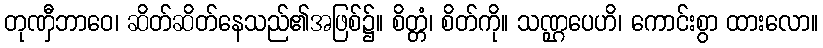
တုဏှီဘာဝေ၊ ဆိတ်ဆိတ်နေသည်၏အဖြစ်၌။ စိတ္တံ၊ စိတ်ကို။ သဏ္ဌပေဟိ၊ ကောင်းစွာ ထားလော။